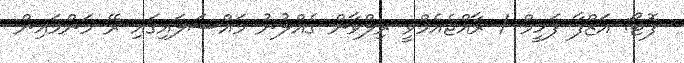
ފޮޓޯ: އަޒްފާ ފަހީމް / ރާއްޖެއެމްވީ ރިލްވާން ގެއްލުނު މައްސަލައިގައި ރޭ މަންމައިން